Indian Medical Review
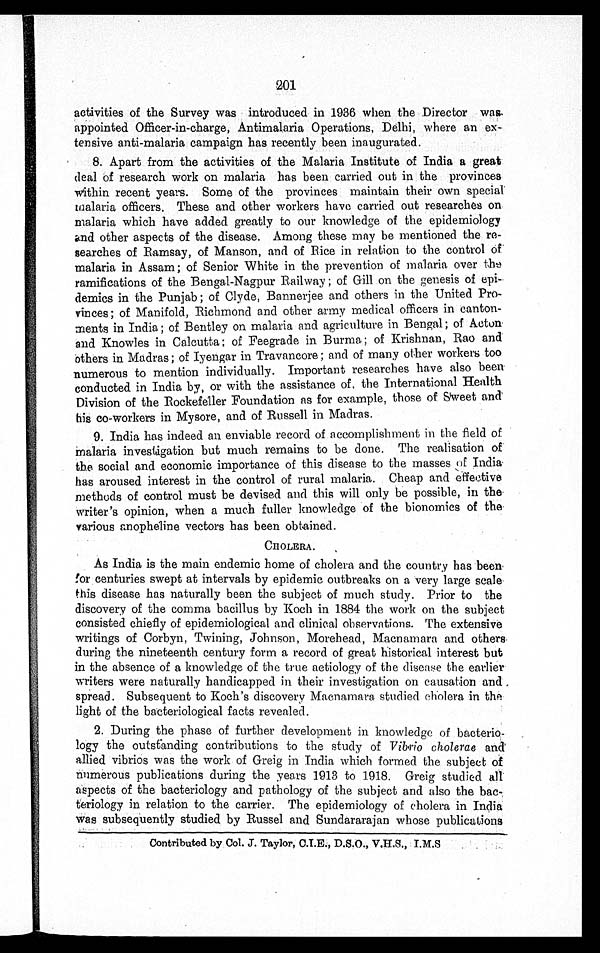
201
activities of the Survey was introduced in 1936 when the Director was,
appointed Officer-in-charge, Antimalaria Operations, Delhi, where an
e x - t e n s i v e a n t i - m a l a r i a c a m p a i g n h a s r e c e n t l y b e e n i n a u g u r a t e d .
8. Apart from the activities of the Malaria Institute of India a great
deal of research work on malaria has been carried out in the provinces
within recent years. Some of the provinces maintain their own special'
malaria officers. These and other workers have carried out researches on
malaria which have added greatly to our knowledge of the epidemiology
and other aspects of the disease. Among these may be mentioned the re
-searches of Ramsay, of Manson, and of Rice in relation to the control of
malaria in Assam; of Senior White in the prevention of malaria over the
ramifications of the Bengal-Nagpur Railway; of Gill on the genesis of epi
-demics in the Punjab; of Clyde, Bannerjee and others in the United Pro
-vinces; of Manifold, Richmond and other army medical officers in canton
-ments in India; of Bentley on malaria and agriculture in Bengal; of Acton
and Knowles in Calcutta; of Feegrade in Burma; of Krishnan, Rao and
others in Madras; of Iyengar in Travancore; and of many other workers too
numerous to mention individually. Important researches have also been
conducted in India by, or with the assistance of the International Health
Division of the Rockefeller Foundation as for example, those of Sweet and
his co-workers in Mysore, and of Russell in Madras.
9. India has indeed an enviable record of accomplishment in the field of
Malaria investigation but much remains to be done. The realisation of
the. social and economic importance of this disease to the masses of India
has aroused interest in the control of rural malaria. Cheap and effective
methods of control must be devised and this will only be possible, in the
writer's opinion, when a much fuller knowledge of the bionomics of the
various anopheline vectors has been obtained.
CHOLERA.
As India is the main endemic home of cholera and the country has been
for centuries swept at intervals by epidemic outbreaks on a very large scale-
this disease has naturally been the subject of much study. Prior to the
discovery of the comma bacillus by Koch in 1884 the work on the subject
consisted chiefly of epidemiological and clinical observations. The extensive
writings of Corbyn, Twining, Johnson, Morehead, Macnamara and others
during the nineteenth century form a record of great historical interest but
in the absence of a knowledge of the true aetiology of the disease the earlier
writers were naturally handicapped in their investigation on causation and
spread. Subsequent to Koch's discovery Macnamara studied cholera in the
light of the bacteriological facts revealed.
2. During the phase of further development in knowledge of
b a c t e r i o - l o g y t h e o u t s t a n d i n g c o n t r i b u t i o n s t o t h e s t u d y o fV
i b r i o c h o l e r a e
a n d
allied vibrios was the work of Greig in India which formed the subject of
numerous publications during the years 1913 to 1918. Greig studied all
aspects of the bacteriology and pathology of the subject and also the bac
-teriology in relation to the carrier. The epidemiology of cholera in India
was subsequently studied by Russel and Sundararajan whose publications
Contributed by Col. J. Taylor, C.I.E., D.S.O.,V.H.S., I.M.S